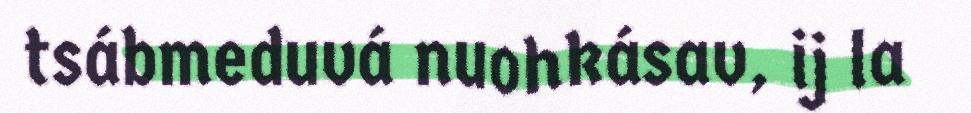
tsábmeduvá nuohkásav, ij la